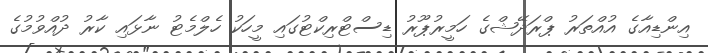
އިންޑިއާގެ އުއްތަރު ޕްރަދޭޝްގެ ހަމީރުޕޫރު ޑިސްޓްރިކްޓުގައި މީހަކު ހެލްމެޓު ނާޅައި ކާރު ދުއްވުމުގެ